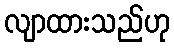
လျာထားသည်ဟု